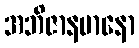
အဘိဇာနမာနော